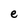
Character: e